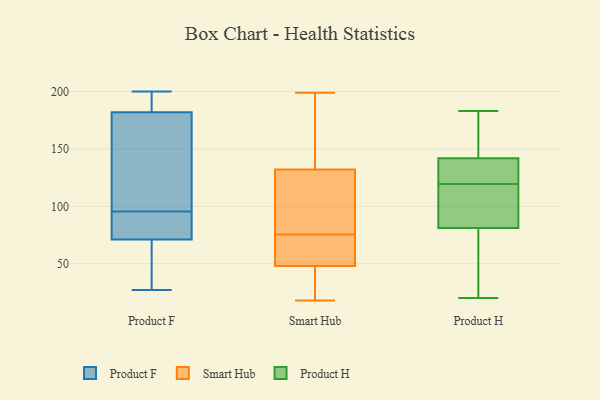
{"axis": {"x": "Market Share (%)", "y": "Value"}, "legend": ["Product F", "Product H", "Smart Hub"], "data": [{"x": "", "y": 92, "type": "Product F"}, {"x": "", "y": 92, "type": "Product F"}, {"x": "", "y": 136, "type": "Product F"}, {"x": "", "y": 44, "type": "Product F"}, {"x": "", "y": 85, "type": "Product F"}, {"x": "", "y": 99, "type": "Product F"}, {"x": "", "y": 182, "type": "Product F"}, {"x": "", "y": 27, "type": "Product F"}, {"x": "", "y": 174, "type": "Product F"}, {"x": "", "y": 134, "type": "Product F"}, {"x": "", "y": 197, "type": "Product F"}, {"x": "", "y": 68, "type": "Product F"}, {"x": "", "y": 182, "type": "Product F"}, {"x": "", "y": 83, "type": "Product F"}, {"x": "", "y": 71, "type": "Product F"}, {"x": "", "y": 70, "type": "Product F"}, {"x": "", "y": 200, "type": "Product F"}, {"x": "", "y": 199, "type": "Product F"}, {"x": "", "y": 23, "type": "Smart Hub"}, {"x": "", "y": 48, "type": "Smart Hub"}, {"x": "", "y": 174, "type": "Smart Hub"}, {"x": "", "y": 70, "type": "Smart Hub"}, {"x": "", "y": 48, "type": "Smart Hub"}, {"x": "", "y": 25, "type": "Smart Hub"}, {"x": "", "y": 132, "type": "Smart Hub"}, {"x": "", "y": 148, "type": "Smart Hub"}, {"x": "", "y": 18, "type": "Smart Hub"}, {"x": "", "y": 127, "type": "Smart Hub"}, {"x": "", "y": 78, "type": "Smart Hub"}, {"x": "", "y": 199, "type": "Smart Hub"}, {"x": "", "y": 101, "type": "Smart Hub"}, {"x": "", "y": 73, "type": "Smart Hub"}, {"x": "", "y": 143, "type": "Product H"}, {"x": "", "y": 41, "type": "Product H"}, {"x": "", "y": 176, "type": "Product H"}, {"x": "", "y": 183, "type": "Product H"}, {"x": "", "y": 90, "type": "Product H"}, {"x": "", "y": 169, "type": "Product H"}, {"x": "", "y": 43, "type": "Product H"}, {"x": "", "y": 75, "type": "Product H"}, {"x": "", "y": 60, "type": "Product H"}, {"x": "", "y": 100, "type": "Product H"}, {"x": "", "y": 166, "type": "Product H"}, {"x": "", "y": 111, "type": "Product H"}, {"x": "", "y": 90, "type": "Product H"}, {"x": "", "y": 135, "type": "Product H"}, {"x": "", "y": 129, "type": "Product H"}, {"x": "", "y": 20, "type": "Product H"}, {"x": "", "y": 136, "type": "Product H"}, {"x": "", "y": 141, "type": "Product H"}, {"x": "", "y": 87, "type": "Product H"}, {"x": "", "y": 128, "type": "Product H"}]}